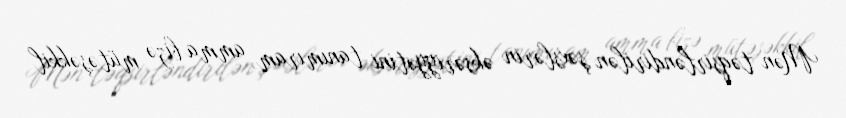
Mən təqsirləndirilən şəxslərin əksəriyyətini tanımıram, amma bizə mütəşəkkil